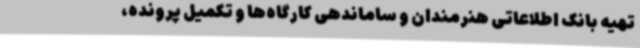
تهیه بانک اطلاعاتی هنرمندان و ساماندهی کارگاه‌ها و تکمیل پرونده،